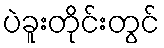
ပဲခူးတိုင်းတွင်